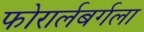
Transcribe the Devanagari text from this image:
फोरार्लबर्गला